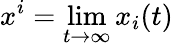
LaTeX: x^{i}=\operatorname*{lim}_{t\to\infty}x_{i}(t)